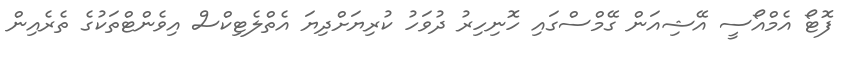
ފޮޓޯ އެމްއޯސީ އޭޝިއަން ގޭމްސްގައި ހޮނިހިރު ދުވަހު ކުރިޔަށްދިޔަ އެތްލެޓިކްސް އިވެންޓްތަކުގެ ތެރެއިން